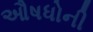
ઔષધોની